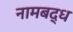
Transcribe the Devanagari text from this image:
नामबद्ध